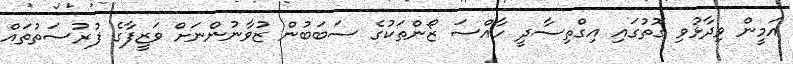
އަމީން ވިދާޅުވި ގޮތުގައި އިގްތިސާދީ ހާއްސަ ޒޯންތަކުގެ ސަބަބުން ޒުވާނުންނަށް ވަޒީފާގެ ފުރުސަތުތައް